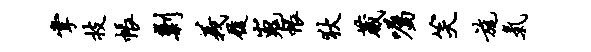
掌技帐剿义履嵬帐狄葳嘱笑旄气